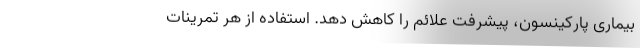
بیماری پارکینسون، پیشرفت علائم را کاهش دهد. استفاده از هر تمرینات